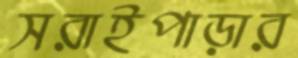
সরাইপাড়ার